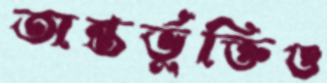
অন্তর্ভুক্তিও